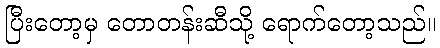
ပြီးတော့မှ တောတန်းဆီသို့ ရောက်တော့သည်။